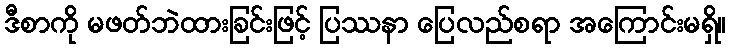
ဒီစာကို မဖတ်ဘဲထားခြင်းဖြင့် ပြဿနာ ပြေလည်စရာ အကြောင်းမရှိ။